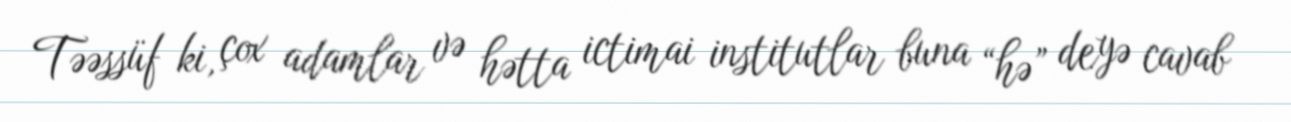
Təəssüf ki, çox adamlar və hətta ictimai institutlar buna “hə” deyə cavab